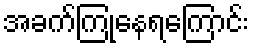
အခက်ကြုံနေရကြောင်း